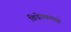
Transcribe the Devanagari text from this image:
विधेयकमध्ये